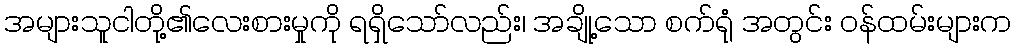
အများသူငါတို့၏လေးစားမှုကို ရရှိသော်လည်း၊ အချို့သော စက်ရုံ အတွင်း ဝန်ထမ်းများက